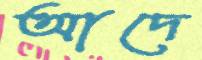
আদে